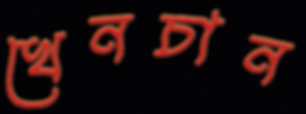
খেনচান